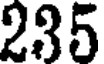
235